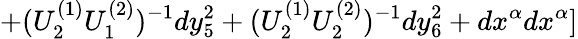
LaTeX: +(U_{2}^{(1)}U_{1}^{(2)})^{-1}dy_{5}^{2}+(U_{2}^{(1)}U_{2}^{(2)})^{-1}dy_{6}^{2}+dx^{\alpha}dx^{\alpha}]